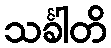
သင်္ခါတိ